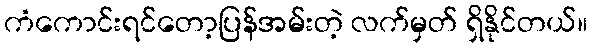
ကံကောင်းရင်တော့ပြန်အမ်းတဲ့ လက်မှတ် ရှိနိုင်တယ်။